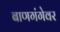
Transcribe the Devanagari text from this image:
बाणगंगेवर